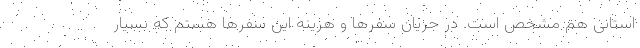
استانی هم مشخص است. در جریان سفرها و هزینه این سفرها هستم که بسیار